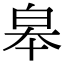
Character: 皋